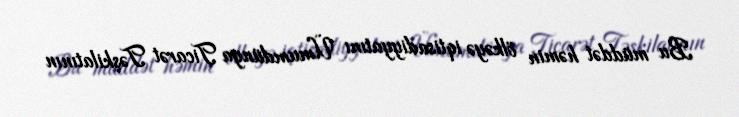
Bu müddət həmin ölkəyə iqtisadiyyatını Ümumdünya Ticarət Təşkilatının